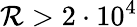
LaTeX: \mathcal{R}>2\cdot 10^{4}